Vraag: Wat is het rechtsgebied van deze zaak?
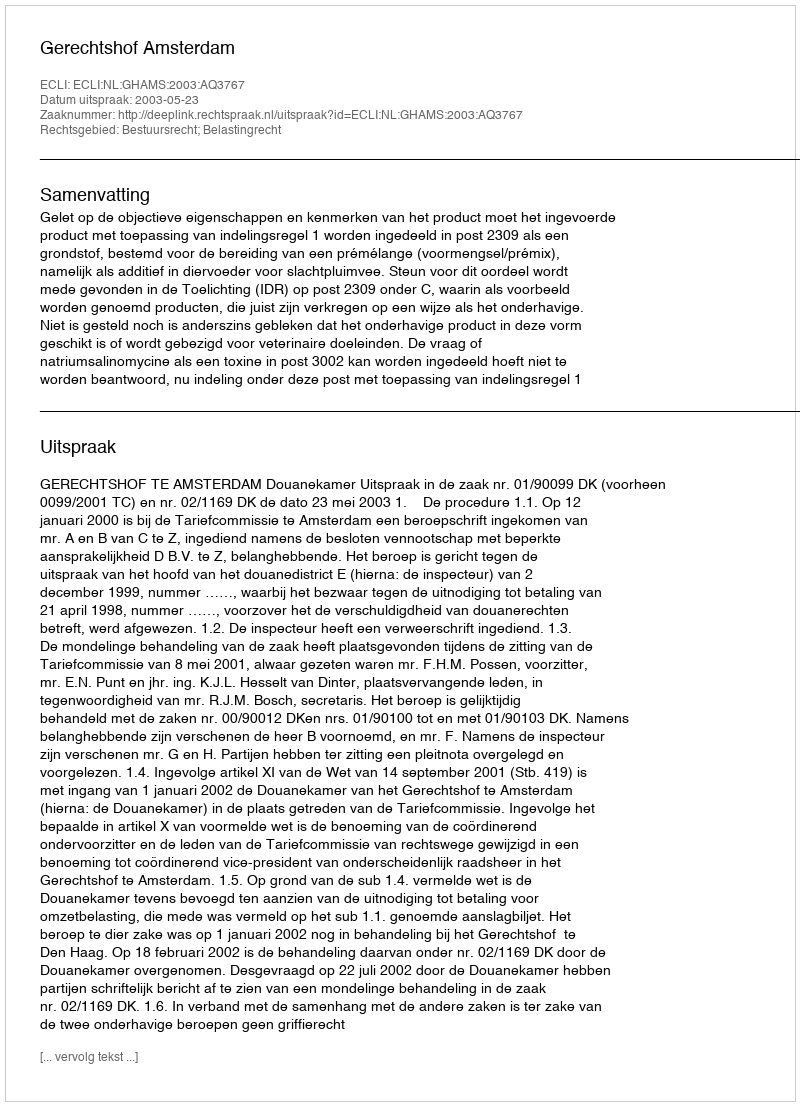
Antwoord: Bestuursrecht; Belastingrecht